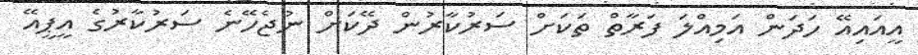
އީއައިއޭ ހަދަން އަމިއްލަ ފަރާތް ތަކަށް ސަރުކާރުން ދޭކަށް ނުޖެހޭނެ ސަރުކާރުގެ އީޕީއޭ